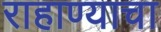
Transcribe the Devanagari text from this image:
राहाण्याचा